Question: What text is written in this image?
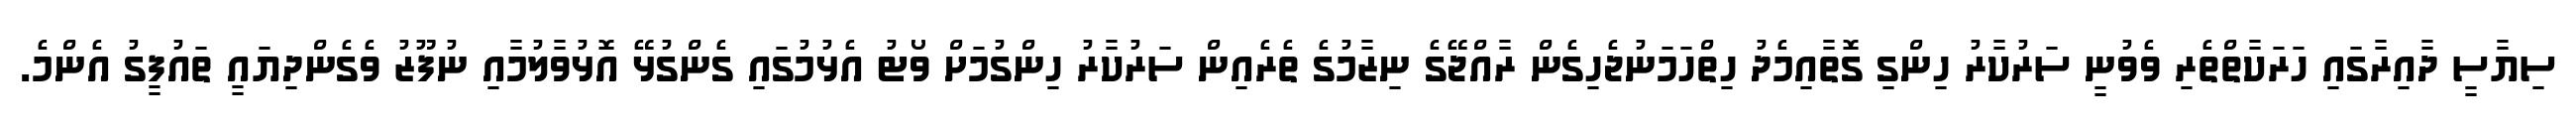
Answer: ސިޔާސީ ދާއިރާގައި ހަރަކާތްތެރި ވެވުނީ ސަރުކާރު ހިންގި ގޮތާއިމެދު ހިތްހަމަނުޖެހިގެން ރާއްޖޭގެ ނިޒާމުގެ ތެރެއިން ސަރުކާރު ހިންގުމަށް ވޯޓު އެޅުމުގައި ގެންގުޅޭ އޮޅުވާލުމާއި ނުފޫޒު ވެގެންދިޔައީ ތައުފީގު އެންމެ.